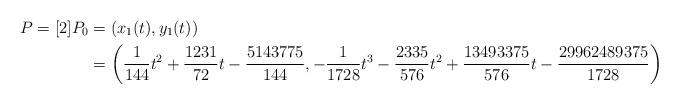
LaTeX: \begin{align*} P = [2]P_0 &=(x_1(t), y_1(t))\\ &=\left(\frac{1}{144}t^2+\frac{1231}{72}t-\frac{5143775}{144}, -\frac{1}{1728}t^3-\frac{2335}{576}t^2+\frac{13493375}{576}t-\frac{29962489375}{1728}\right) \end{align*}